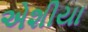
એશીયા